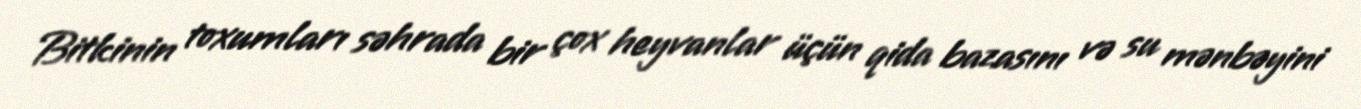
Bitkinin toxumları səhrada bir çox heyvanlar üçün qida bazasını və su mənbəyini